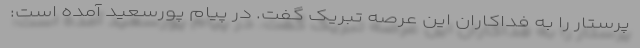
پرستار را به فداکاران این عرصه تبریک گفت. در پیام پورسعید آمده است: